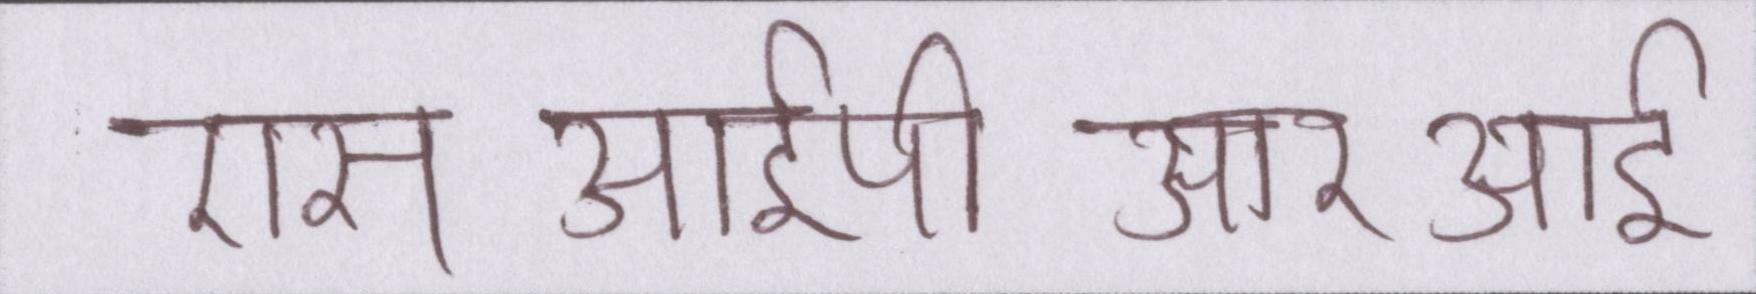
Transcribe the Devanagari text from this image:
एसआईपीआरआई